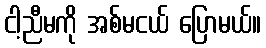
ငါ့ညီမကို အစ်မငယ် ပြောမယ်။